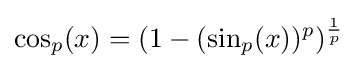
\cos _{p}(x)=(1-(\sin _{p}(x))^{p})^{\frac {1}{p}}